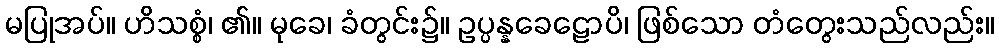
မပြုအပ်။ ဟိသစ္စံ၊ ၏။ မုခေ၊ ခံတွင်း၌။ ဥပ္ပန္နခေဠောပိ၊ ဖြစ်သော တံတွေးသည်လည်း။